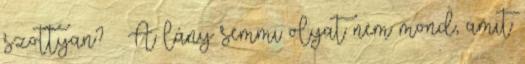
szottyan? – A lány semmi olyat nem mond, amit